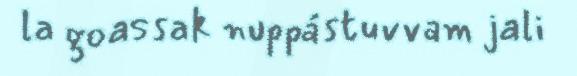
la goassak nuppástuvvam jali